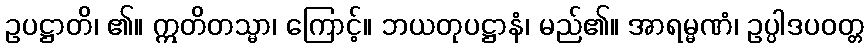
ဥပဋ္ဌာတိ၊ ၏။ ဣတိတသ္မာ၊ ကြောင့်။ ဘယတုပဋ္ဌာနံ၊ မည်၏။ အာရမ္မဏံ၊ ဥပ္ပါဒပဝတ္တ